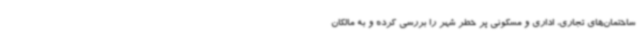
ساختمان‌های تجاری، اداری و مسکونی پر خطر شهر را بررسی کرده و به مالکان